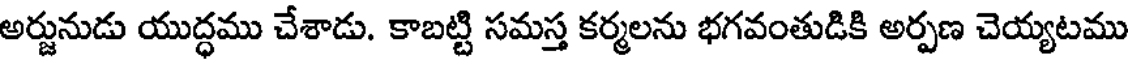
అర్జునుడు యుద్ధము చేశాడు. కాబట్టి సమస్త కర్మలను భగవంతుడికి అర్పణ చెయ్యటము